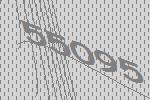
55095